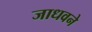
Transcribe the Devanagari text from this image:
जाधवने